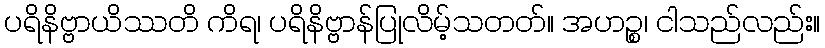
ပရိနိဗ္ဗာယိဿတိ ကိရ၊ ပရိနိဗ္ဗာန်ပြုလိမ့်သတတ်။ အဟဉ္စ၊ ငါသည်လည်း။